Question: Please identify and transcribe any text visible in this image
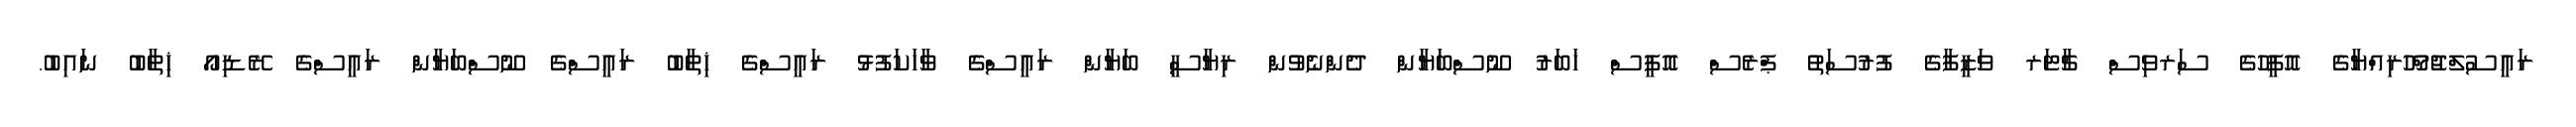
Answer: ރައީސުލްޖުމްހޫރިއްޔާގެ އޮފީހުގެ ސަރވިސް ޗާޓަރ ވަޒީފާގެ ފުރުސަތު ޕްރެސް އޮފީސް ޚަބަރު ނޫސްބަޔާން ދެންނެވުން ރިޔާސީ ބަޔާން ރައީސްގެ ވާހަކަފުޅު ރައީސްގެ ޚިތާބު ރައީސްގެ ނޫސްބަޔާން ރައީސްގެ ރޭޑިއޯ ޚިތާބު ނައިބު.